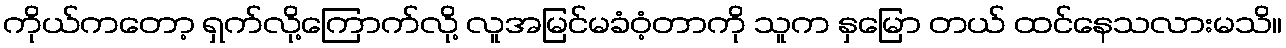
ကိုယ်ကတော့ ရှက်လို့ကြောက်လို့ လူအမြင်မခံဝံ့တာကို သူက နှမြော တယ် ထင်နေသလားမသိ။